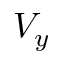
V _ { y }